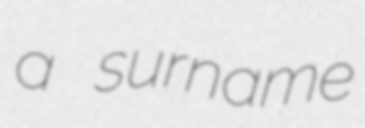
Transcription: a surname